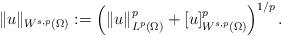
LaTeX: \begin{align*}\|u\|_{W^{s,p}(\Omega)}\vcentcolon =\left(\|u\|_{L^{p}(\Omega)}^p+[u]_{W^{s,p}(\Omega)}^p\right)^{1/p}.\end{align*}